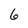
Character: 6